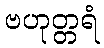
ဗဟုတ္တရံ